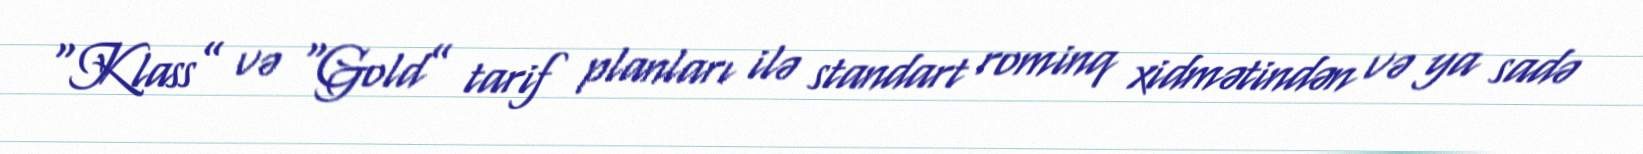
“Klass” və “Gold” tarif planları ilə standart rominq xidmətindən və ya sadə